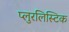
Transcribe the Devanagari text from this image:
प्लुरलिस्टिक